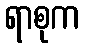
ရာစုက